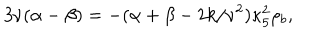
3 \nu ( \alpha - \beta ) = - ( \alpha + \beta - 2 k / \nu ^ { 2 } ) \kappa _ { 5 } ^ { 2 } \rho _ { b } ,